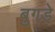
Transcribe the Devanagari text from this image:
बुगडे